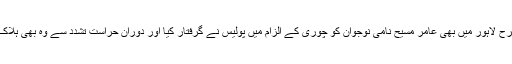
اسی طرح لاہور میں بھی عامر مسیح نامی نوجوان کو چوری کے الزام میں پولیس نے گرفتار کیا اور دوران حراست تشدد سے وہ بھی ہلاک ہوگیا۔